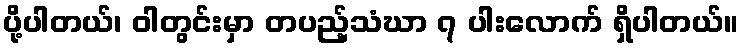
ပို့ပါတယ်၊ ဝါတွင်းမှာ တပည့်သံဃာ ၇ ပါးလောက် ရှိပါတယ်။